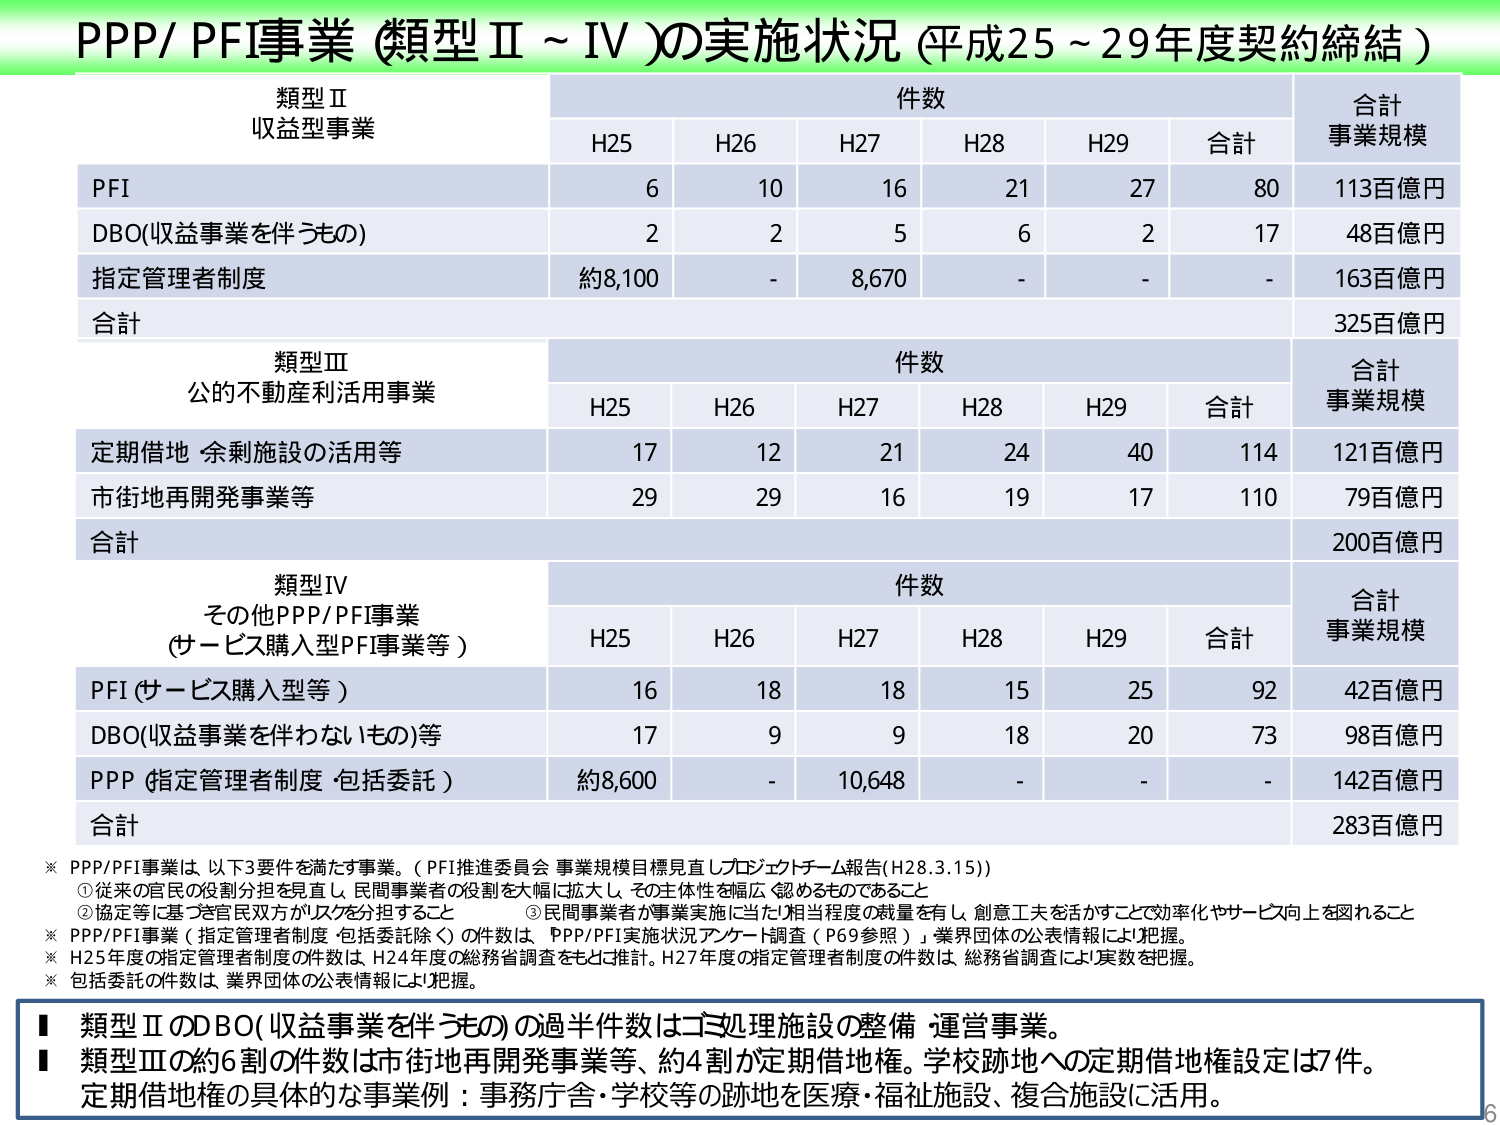
PPP/ PFI事業 (類型Ⅱ～Ⅳ)の実施状況 (平成25～29年度契約締結)

類型Ⅱ
収益型事業

件数
H25 H26 H27 H28 H29 合計
合計
事業規模

PFI
6 10 16 21 27 80 113百億円

DBO(収益事業を伴うもの)
2 2 5 6 2 17 48百億円

指定管理者制度
約8,100 - 8,670 - - - 163百億円

合計
325百億円

類型Ⅲ
公の不動産利活用事業

件数
H25 H26 H27 H28 H29 合計
合計
事業規模

定期借地 余剰施設の活用等
17 12 21 24 40 114 121百億円

市街地再開発事業等
29 29 16 19 17 110 79百億円

合計
200百億円

類型Ⅳ
その他PPP/PFI事業
(サービス購入型PFI事業等)

件数
H25 H26 H27 H28 H29 合計
合計
事業規模

PFI (サービス購入型等)
16 18 18 15 25 92 42百億円

DBO(収益事業を伴わないもの)等
17 9 9 18 20 73 98百億円

PPP (指定管理者制度・包括委託)
約8,600 - 10,648 - - - 142百億円

合計
283百億円

※ PPP/PFI事業は、以下3要件を満たす事業。(PFI推進委員会 事業規模目標見直しプロジェクトチーム報告(H28.3.15))
①従来の官民の役割分担を見直し、民間事業者の役割を大幅に拡大し、その主体性を幅広く認めるものであること
②協定等に基づき官民双方がリスクを分担すること
③民間事業者が事業実施に当たり相当程度の裁量を有し、創意工夫を活かすことで効率化やサービス向上を図れること

※ PPP/PFI事業（指定管理者制度・包括委託除く）の件数は、「PPP/PFI実施状況アンケート調査（P69参照）」、業界団体の公表情報により把握。
※ H25年度の指定管理者制度の件数は、H24年度の総務省調査をもとに推計。H27年度の指定管理者制度の件数は、総務省調査により実数を把握。
※ 包括委託の件数は、業界団体の公表情報により把握。

■ 類型ⅡのDBO(収益事業を伴うもの)の過半件数はゴミ処理施設の整備・運営事業。
■ 類型Ⅲの約6割の件数は市街地再開発事業等、約4割が定期借地権。学校跡地への定期借地権設定は7件。
定期借地権の具体的な事業例：事務庁舎・学校等の跡地を医療・福祉施設、複合施設に活用。

6